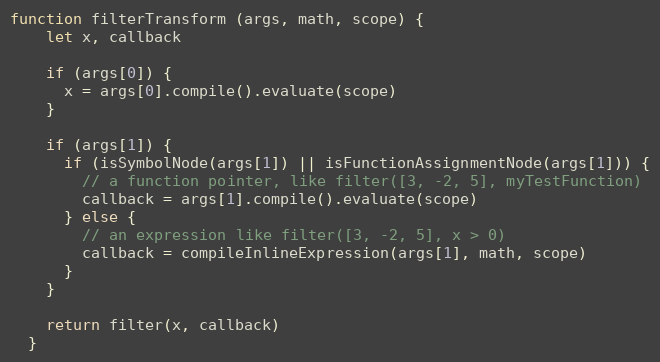
Language: JavaScript
function filterTransform (args, math, scope) {
    let x, callback

    if (args[0]) {
      x = args[0].compile().evaluate(scope)
    }

    if (args[1]) {
      if (isSymbolNode(args[1]) || isFunctionAssignmentNode(args[1])) {
        // a function pointer, like filter([3, -2, 5], myTestFunction)
        callback = args[1].compile().evaluate(scope)
      } else {
        // an expression like filter([3, -2, 5], x > 0)
        callback = compileInlineExpression(args[1], math, scope)
      }
    }

    return filter(x, callback)
  }